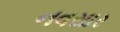
નવસાર